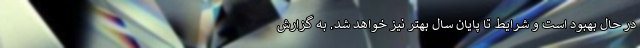
در حال بهبود است و شرایط تا پایان سال بهتر نیز خواهد شد. به گزارش